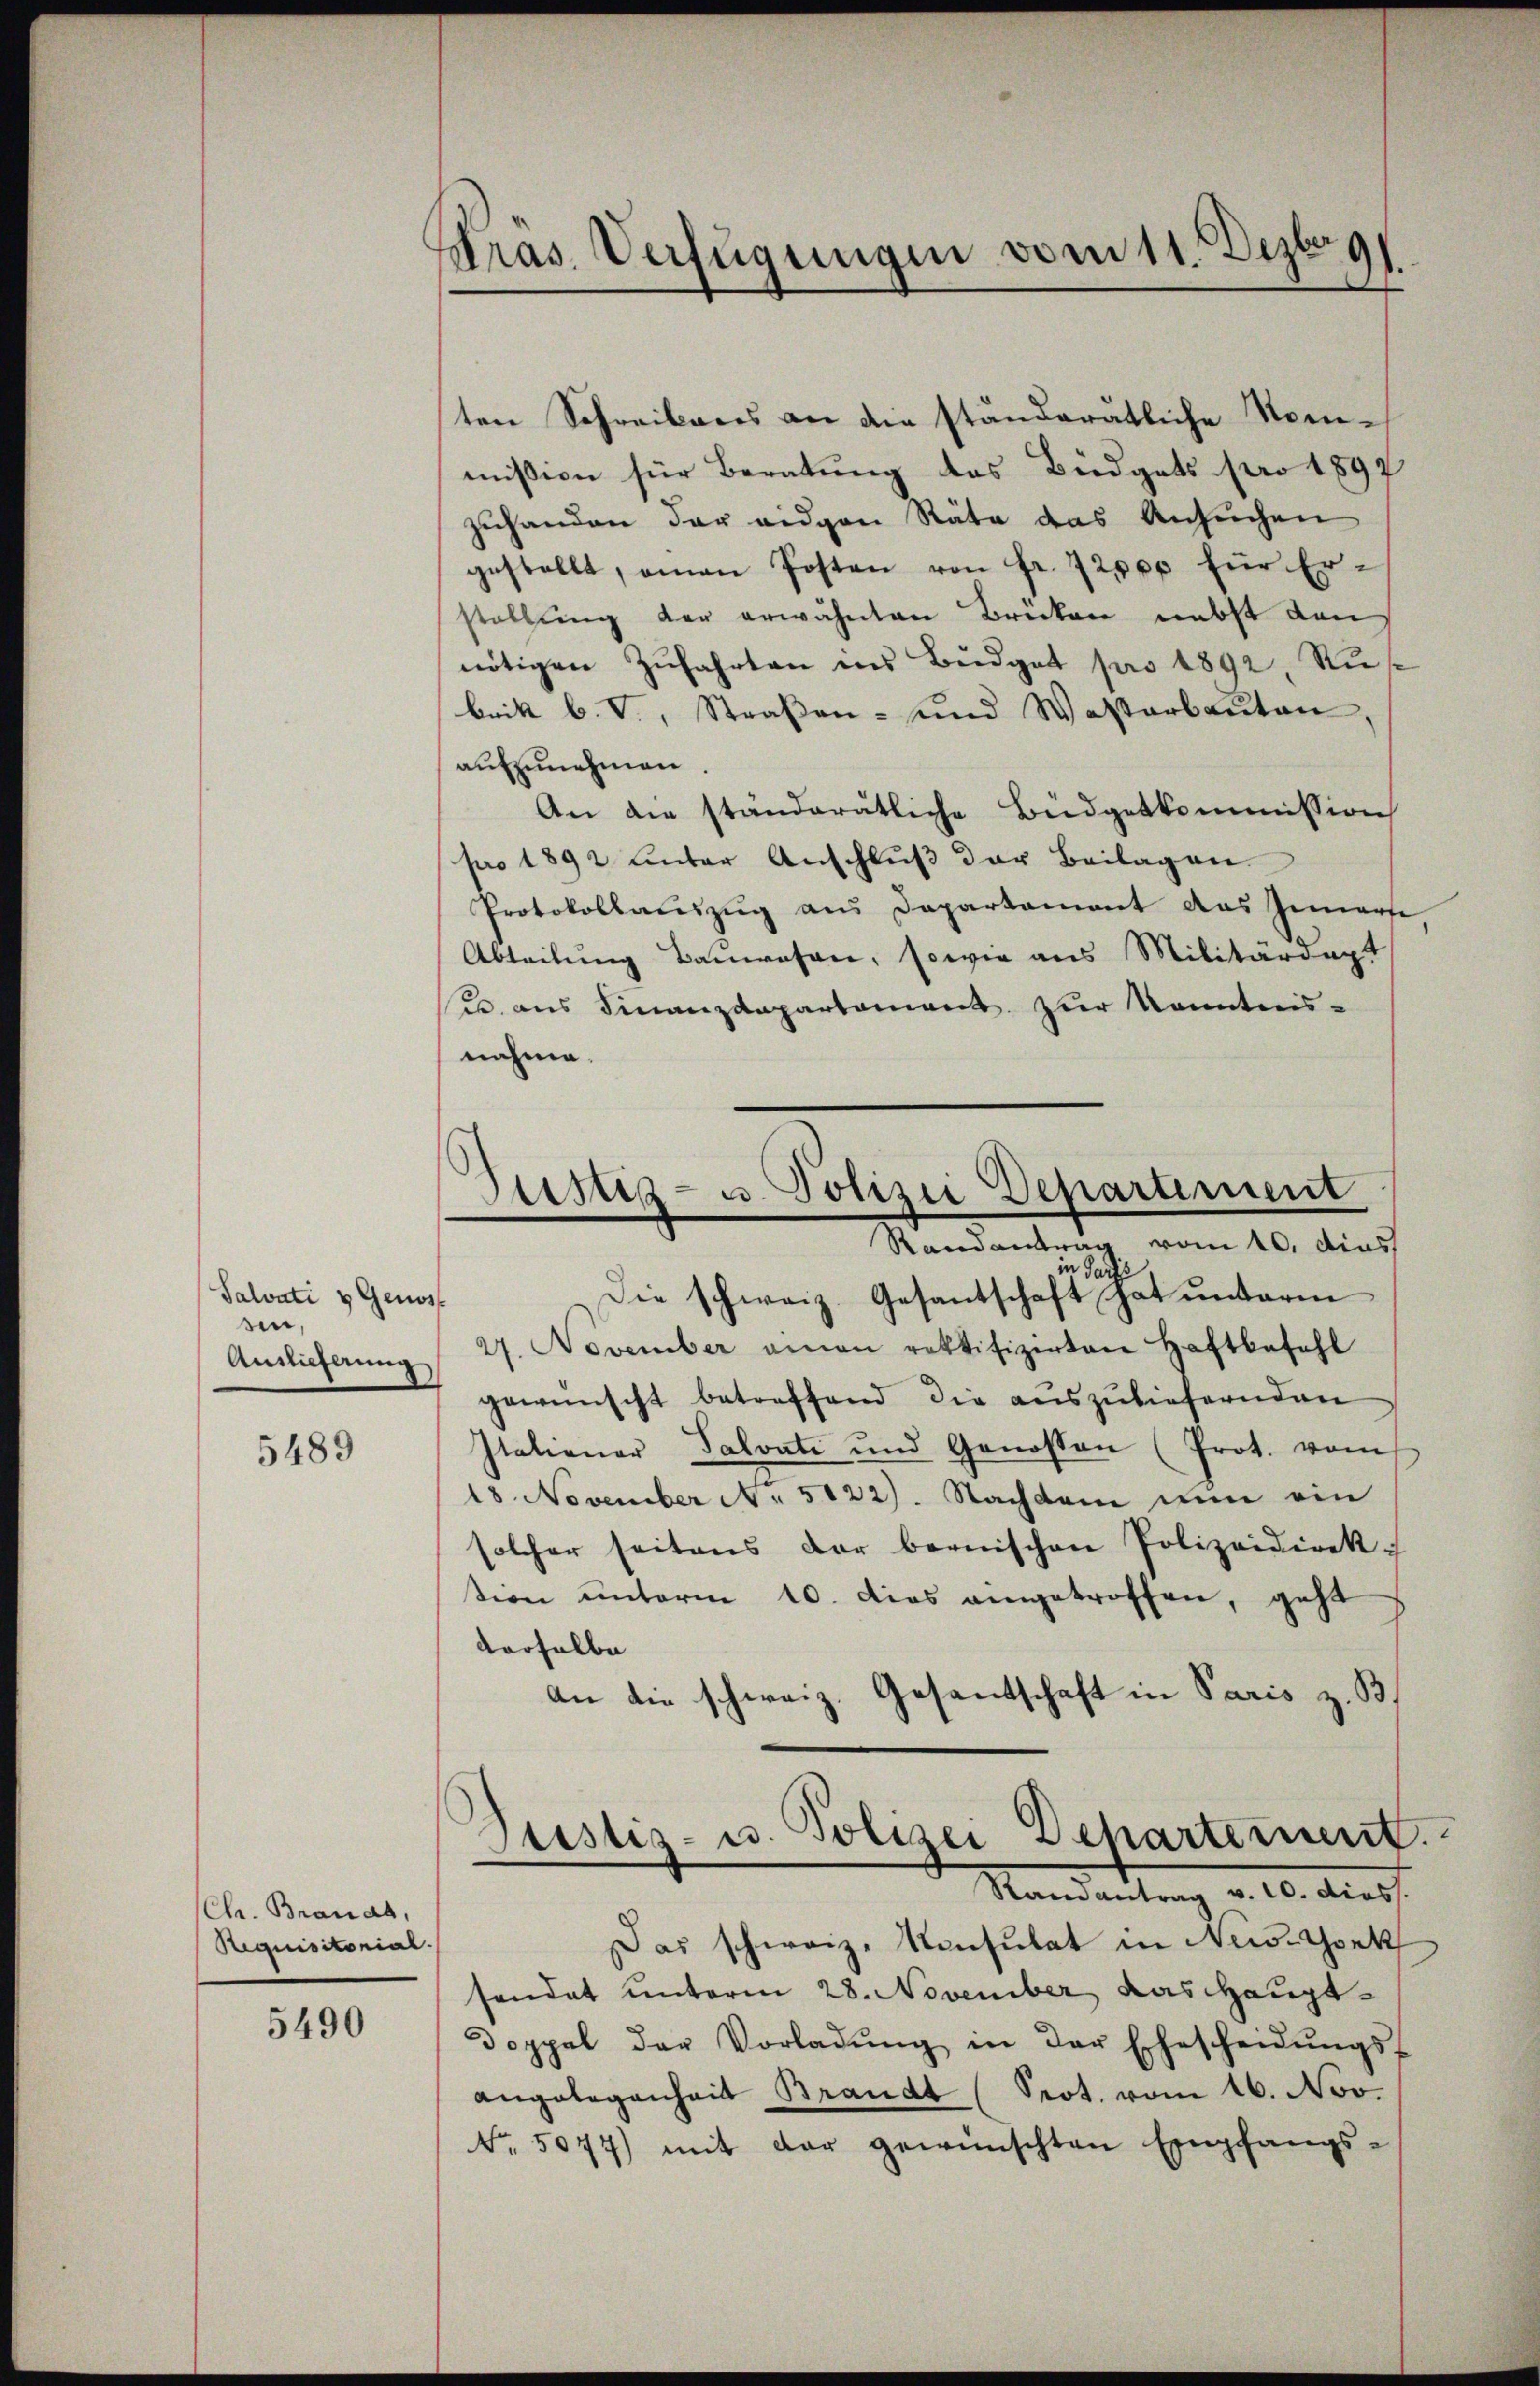
Salvati & Genos
sin,
Auslieferung

5489

Chr. Branda,
Requisitorial.

5490

Pras. Verfügungen vom 11. Dezeig

ten Schreibens an die ständerätliche Nommission für Beratung des Büdgets pro 1897
zŭhanden der eigen Räte das Ansŭchen
gestellt, oman Posten von fr. 72000 für Erstellung der erwähnten Brücken nebst dan
nötigen Zŭfahrten ins Bŭdget pro 1892 Rubritt b. V., Straβen- und Wasserbaŭten
aufzunehmen.
An die ständerätliche Büdgetkommission
pro 1892 unter Anschluß der Beilagen.
Protokollauszug aus Departament das Innerse
Abteilung Bauwesen, sowie aus Militärdep
e. aus Finanzdepartament zur Kenntnis-
nahme.
Sad
Die schweiz. Gesantschaft hat unterm
27. November amen rektifizirten Haftbefehl
1
gewünscht betreffend die aŭszŭliefernden
Italiener Salvate und Genossen (Prot. vom
18. November " 5122. Nachdem nun ein
solcher seitens der bernischen Polizeidirek-
tion unterm 10. dies angetroffen, geht
derselbe
an die schweiz. Gesandtschaft in Paris z. B.
Justiz- u. Polizei Departerient.
Randantrag v. 10. diess.
Das schweiz. Konsulat in New-York
sandat unterm 28. November das Haupt¬
Doppel der Vorladŭng in der Ehescheidŭngs-
angelegenheit Brandt (Prot. vom 16. Nov.
No. 5077) mit der gewünschten Empfangs-

Zustiz- u. Polizei Departement
Randantrag vom 10. dies